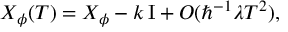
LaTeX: X _ { \phi } ( T ) = X _ { \phi } - k \, \mathrm { I } + O ( \hbar ^ { - 1 } \lambda T ^ { 2 } ) ,